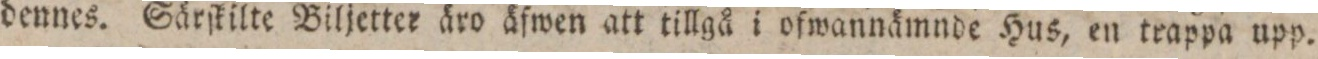
dennes. Särſkilte Biljetter äro äfwen att tillgå i ofwannämnde Hus, en trappa upp.